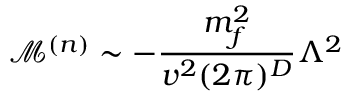
\mathcal { M } ^ { ( n ) } \sim - \frac { m _ { f } ^ { 2 } } { v ^ { 2 } ( 2 \pi ) ^ { D } } \Lambda ^ { 2 }